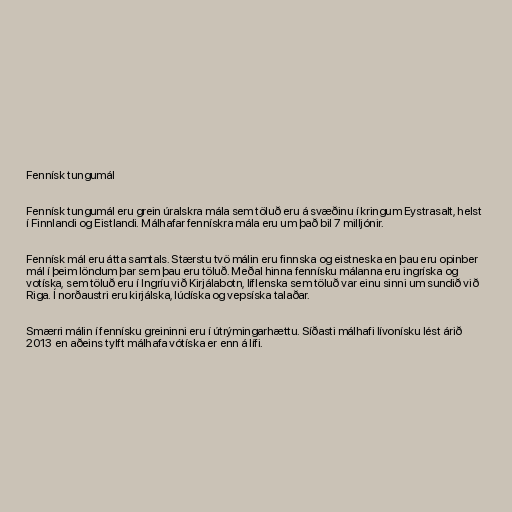
Fennísk tungumál

Fennísk tungumál eru grein úralskra mála sem töluð eru á svæðinu í kringum Eystrasalt, helst
í Finnlandi og Eistlandi. Málhafar fennískra mála eru um það bil 7 milljónir.

Fennísk mál eru átta samtals. Stærstu tvö málin eru finnska og eistneska en þau eru opinber
mál í þeim löndum þar sem þau eru töluð. Meðal hinna fennísku málanna eru ingríska og
votíska, sem töluð eru í Ingríu við Kirjálabotn, líflenska sem töluð var einu sinni um sundið við
Riga. Í norðaustri eru kirjálska, lúdíska og vepsíska talaðar.

Smærri málin í fennísku greininni eru í útrýmingarhættu. Síðasti málhafi lívonísku lést árið
2013 en aðeins tylft málhafa vótíska er enn á lífi.